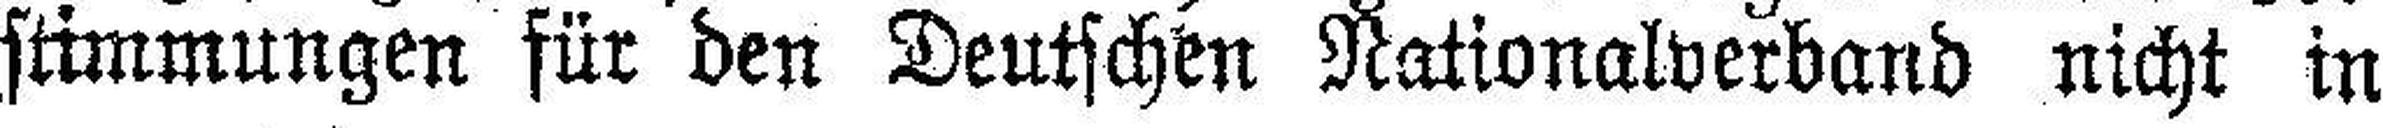
stimmungen für den Deutschen Nationalverband nicht in